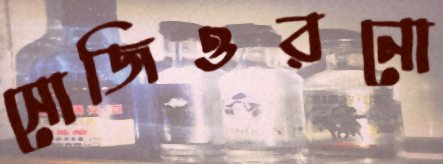
সোজিওরনো